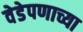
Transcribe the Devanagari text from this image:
वेडेपणाच्या